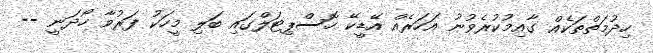
ހިދުމަތްތަކެއް ގާއިމުކުރެވުނު އަހަރެއް އޭޑީކޭ ހޮސްޕިޓަލްގައި ބަލި މީހަކު ފަރުވާ ހޯދަނީ --